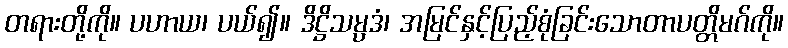
တရားတို့ကို။ ပဟာယ၊ ပယ်၍။ ဒိဋ္ဌိသမ္ပဒံ၊ အမြင်နှင့်ပြည့်စုံခြင်းသောတာပတ္တိမဂ်ကို။